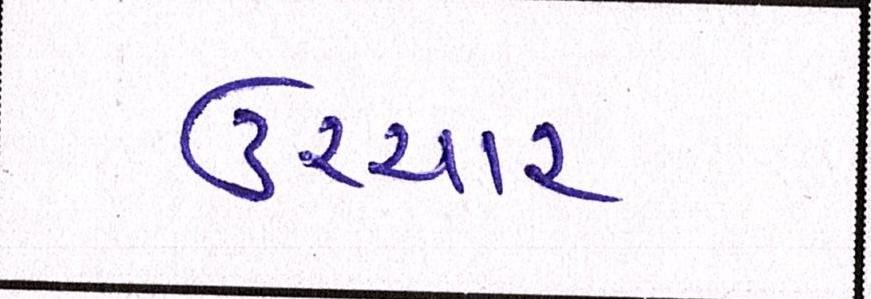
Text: ઉચ્ચાર